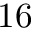
1 6